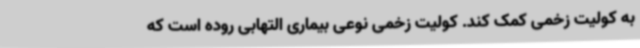
به کولیت زخمی کمک کند. کولیت زخمی نوعی بیماری التهابی روده است که